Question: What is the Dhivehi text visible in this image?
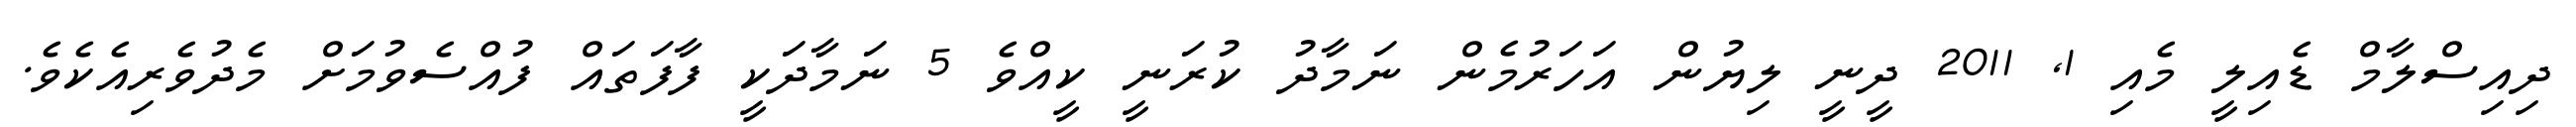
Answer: ދިއިސްލާމް ޑެއިލީ މެއި 1, 2011 ދީނީ ލިޔުން އަހަރުމެން ނަމާދު ކުރަނީ ކީއްވެ 5 ނަމާދަކީ ފާފަތައް ފުއްސެވުމަށް މެދުވެރިއެކެވެ.